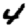
Digit: 4